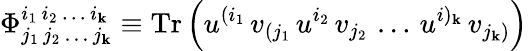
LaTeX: \Phi_{j_{1}\, j_{2}\, \dots\, j_{\mathbf{k}}}^{i_{1}\, i_{2}\, \dots\, i_{\mathbf{k}}}\equiv\mathrm{{Tr}}\left(u^{(i_{1}}\, v_{(j_{1}}\, u^{i_{2}}\, v_{j_{2}}\, \dots\, u^{i)_{\mathbf{k}}}\, v_{j_{\mathbf{k}})}\right)